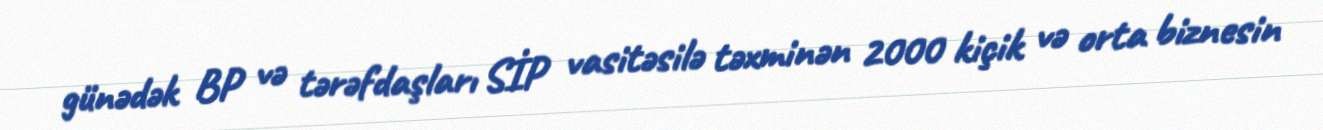
günədək BP və tərəfdaşları SİP vasitəsilə təxminən 2000 kiçik və orta biznesin